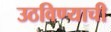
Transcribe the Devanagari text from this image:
उठविण्याची